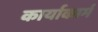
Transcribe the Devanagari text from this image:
कार्याकार्म